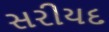
સરીયદ